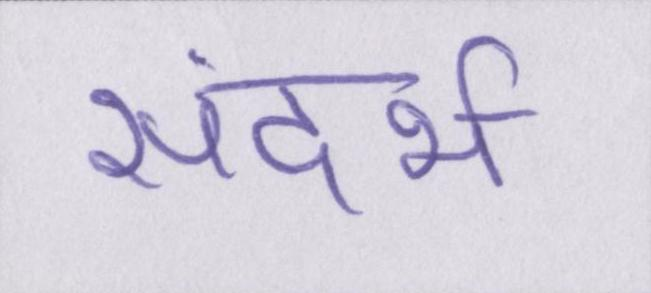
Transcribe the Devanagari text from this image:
संदर्भ